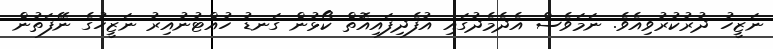
ނަޒީހު ދުރުކުރުވިއެވެ. ނަމަވެސް އެދެމެދުގައި އުފެދިފައިއޮތް ކޯޅުން ގަނޑު ހުއްޓުނުއިރު ނަޒީހުގެ ނޭފަތުން